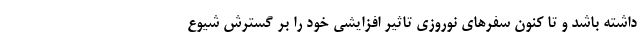
داشته باشد و تا کنون سفرهای نوروزی تاثیر افزایشی خود را بر گسترش شیوع